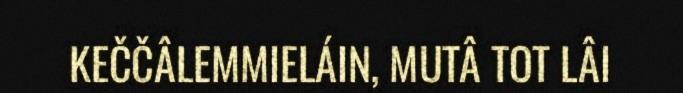
KEČČÂLEMMIELÁIN, MUTÂ TOT LÂI